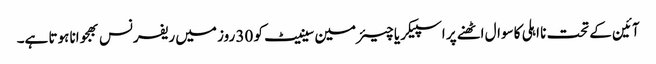
آئین کے تحت نا اہلی کا سوال اٹھنے پر اسپیکر یا چیئرمین سینیٹ کو 30 روز میں ریفرنس بھجوانا ہوتا ہے۔